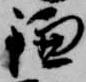
鎌